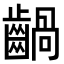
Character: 𪙃